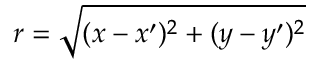
r = \sqrt { ( x - x ^ { \prime } ) ^ { 2 } + ( y - y ^ { \prime } ) ^ { 2 } }